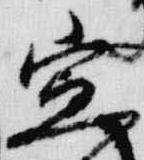
宣